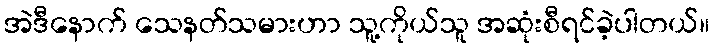
အဲဒီနောက် သေနတ်သမားဟာ သူ့ကိုယ်သူ အဆုံးစီရင်ခဲ့ပါတယ်။